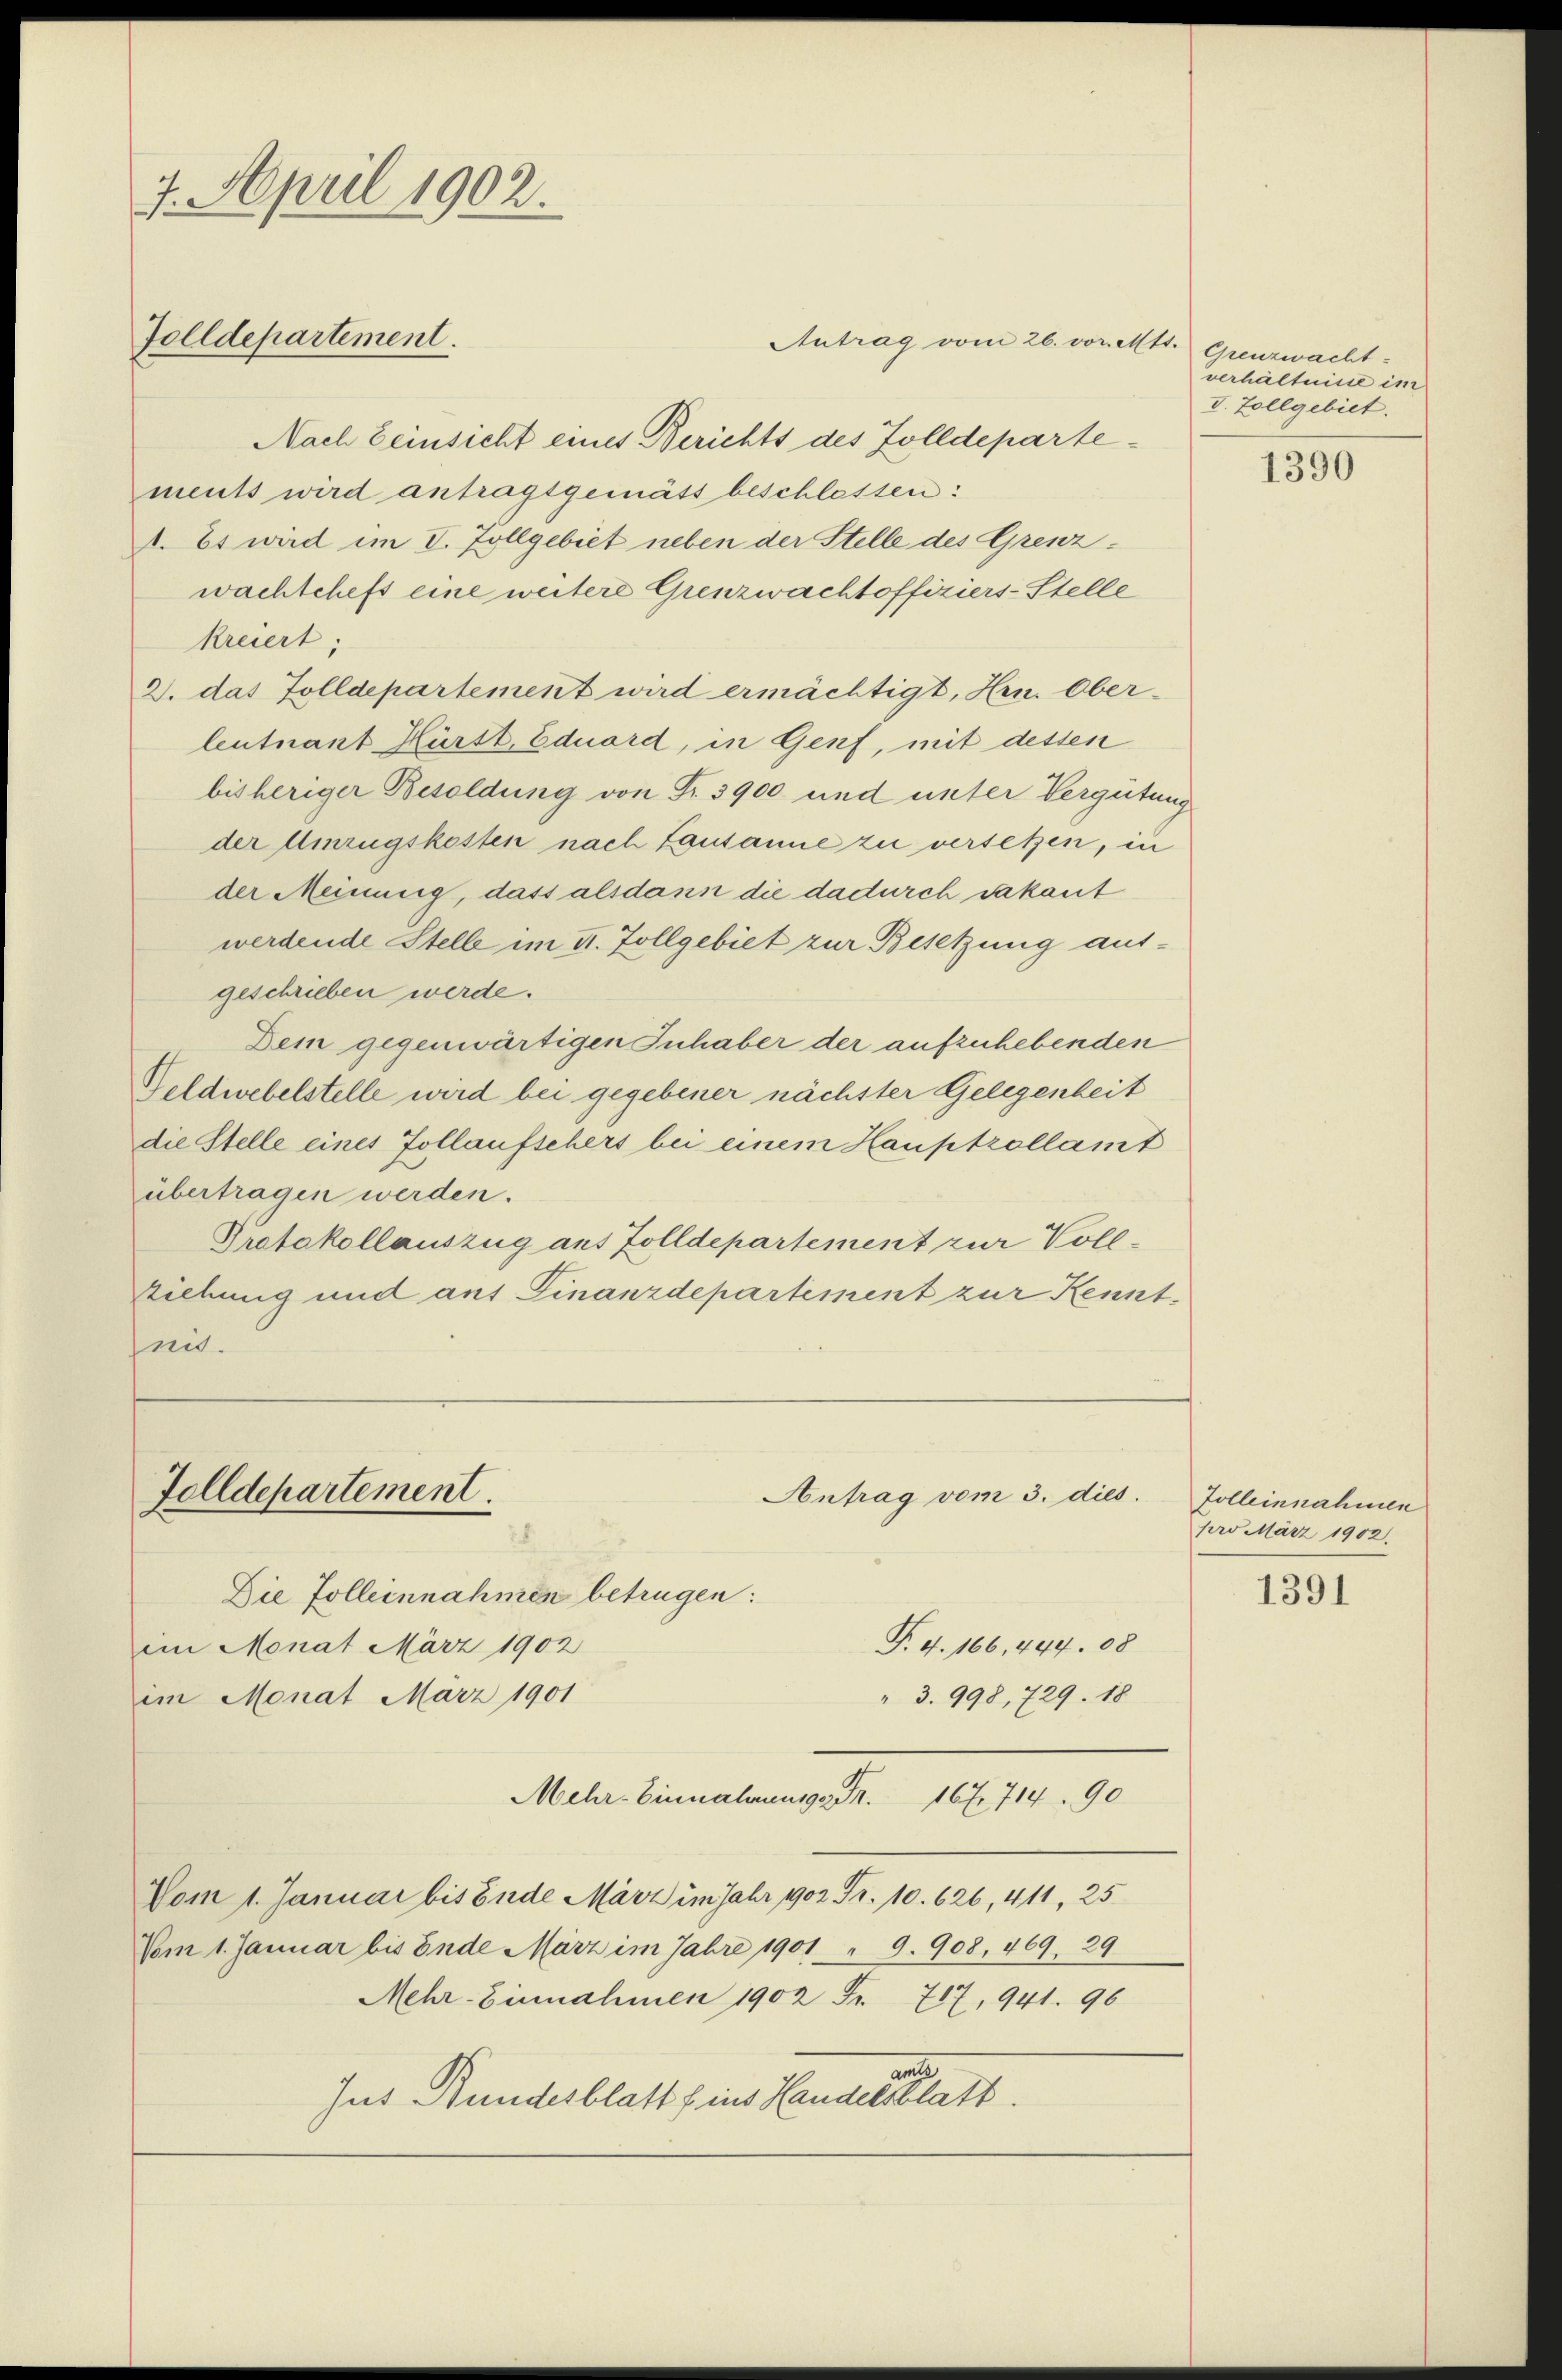
7. April 1902.
Tolldepartement.

Nach Zeinsicht eines Berichts des Zolldepartements wird antragsgemäss beschlossen:
. Es wird im I. Zollgebiet neben der Stelle des Grenzwachtcheft eine weitere Grenzwachtoffiziers-Stelle
kreiert;
2. das Tolldepartement wird ermächtigt, Hrn. Ober-
leutnant Hürst, Eduard, in Genf, mit dessen
bisheriger Besoldung von Fr. 3900 und unter Vergütung
der Umzugskosten nach Lausanne zu versetzen, in
der Meinung, dass alsdann die dadurch sakant
werdende Stelle im II. Zollgebiet zur Besetzung ausgeschrieben werde.
Dein gegenwärtigen Inhaber der aufzuhebenden
Feldwebelstelle wird bei gegebener nächster Gelegenheit
die Stelle eines Zollaufschers bei einem Hauptzollamt
übertragen werden.
Prafakollauszug aus Zolldepartement zur Voll-
Riehung und auf Finanzdepartement zur Kenntmit.

Tolldepartement.

Antrag vom 26. vor. Mts.

Antrag vom 3. dies

Die Zolleinnahmen betrügen:
T. 4. 166, 444. 08
im Monat März 1902
im Monat März 1901
" 3. 998, 729. 18
Mehr-Einnahmensgr. Fr. 167. 714 90
Vom 1. Januar bis Ende März im Jahr 1902 Fr. 10. 626,411, 25
Vom 1. Januar bis Ende März im Jahre 1901 " 9. 908, 469. 29
Mehr-Einnahmen 1902 Fr. 717, 941. 96
Ins Bundesblatt fins Handesblatt

Grenzwacht.
verhältnisse im
I. Zollgebiet.

1390

Zolleinnahmen
pro März 1902.

1391